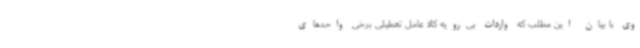
وی با بیان این مطلب که واردات بی‌رویه کالا عامل تعطیلی برخی واحدهای